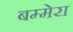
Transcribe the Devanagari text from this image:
बम्मेरा